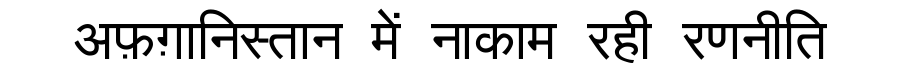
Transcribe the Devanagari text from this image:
अफ़ग़ानिस्तान में नाकाम रही रणनीति